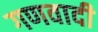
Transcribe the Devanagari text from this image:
गणवादी